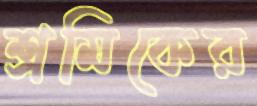
শ্রমিকের